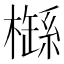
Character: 𣛐